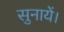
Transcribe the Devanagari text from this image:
सुनायें।